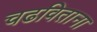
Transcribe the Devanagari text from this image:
चढविताना